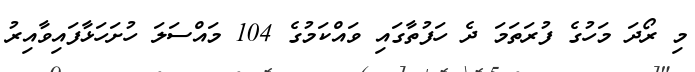
މި ރޯދަ މަހުގެ ފުރަތަމަ ދެ ހަފުތާގައި ވައްކަމުގެ 104 މައްސަލަ ހުށަހަޅާފައިވާއިރު